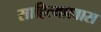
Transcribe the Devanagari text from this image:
साहित्यप्रवास